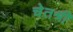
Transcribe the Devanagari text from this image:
चेतश्री